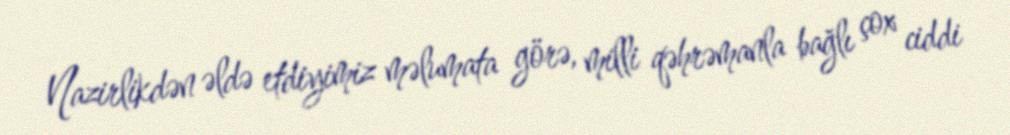
Nazirlikdən əldə etdiyimiz məlumata görə, milli qəhrəmanla bağlı çox ciddi